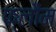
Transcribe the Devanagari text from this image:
फ्लौम